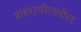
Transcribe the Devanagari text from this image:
शहरातीलतील